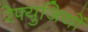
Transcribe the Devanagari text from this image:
रेफ्युजियों